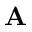
{ \mathbf A }